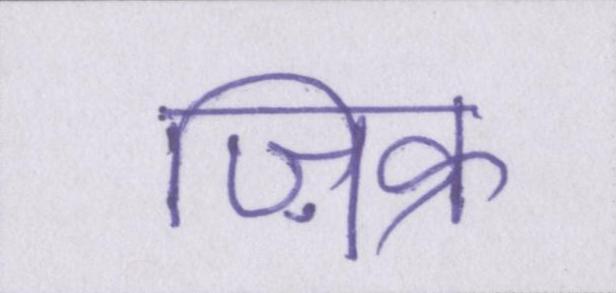
ज़िक्र